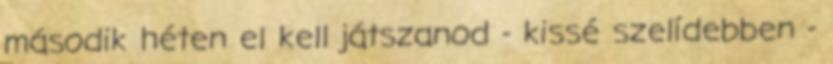
második héten el kell játszanod - kissé szelídebben -